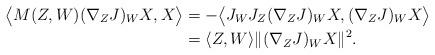
LaTeX: \begin{align*}\big{\langle} M(Z,W) (\nabla_ZJ)_WX,X \big{\rangle}&=- \big{\langle} J_WJ_Z (\nabla_ZJ)_WX, (\nabla_ZJ)_WX \big{\rangle}\\&= \langle Z,W \rangle \| (\nabla_ZJ)_WX \|^2. \end{align*}